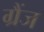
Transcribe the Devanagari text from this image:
ग्रैंज